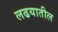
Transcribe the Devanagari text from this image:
लढयातील